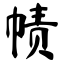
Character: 帻